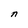
Character: n